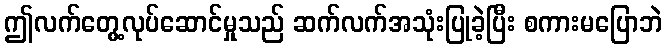
ဤလက်တွေ့လုပ်ဆောင်မှုသည် ဆက်လက်အသုံးပြုခဲ့ပြီး စကားမပြောဘဲ